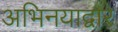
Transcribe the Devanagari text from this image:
अभिनयाद्वारे